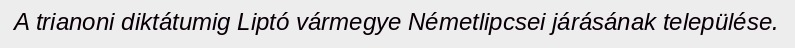
A trianoni diktátumig Liptó vármegye Németlipcsei járásának települése.